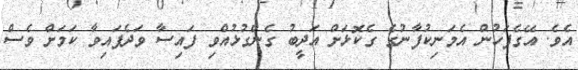
އެވެ. އޭގެފަހުން އެމަނިކުފާނުގެ ގެކޮޅަށް އަދީބު ގެންގުޅުއްވި ފައިސާ ވަދެފައިވާ ކަމަށް ވެސް